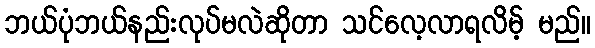
ဘယ်ပုံဘယ်နည်းလုပ်မလဲဆိုတာ သင်လေ့လာရလိမ့် မည်။